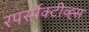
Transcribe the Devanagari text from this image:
रपर्स्पेक्टीव्ह्स